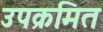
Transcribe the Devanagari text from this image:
उपक्रमित